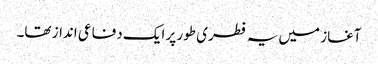
آغاز میں یہ فطری طور پر ایک دفاعی انداز تھا۔